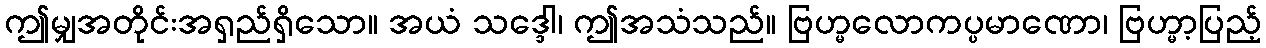
ဤမျှအတိုင်းအရှည်ရှိသော။ အယံ သဒ္ဒေါ၊ ဤအသံသည်။ ဗြဟ္မလောကပ္ပမာဏော၊ ဗြဟ္မာ့ပြည့်